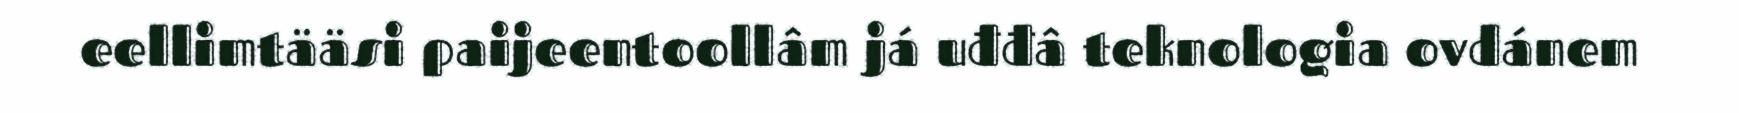
eellimtääsi paijeentoollâm já uđđâ teknologia ovdánem